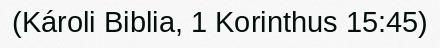
(Károli Biblia, 1 Korinthus 15:45)